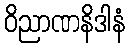
ဝိညာဏနိဒါနံ